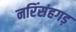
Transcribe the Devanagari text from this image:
नरिंसंहगड़